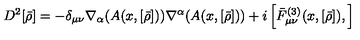
D ^ { 2 } [ \bar { \rho } ] = - \delta _ { \mu \nu } \nabla _ { \alpha } ( A ( x , [ \bar { \rho } ] ) ) \nabla ^ { \alpha } ( A ( x , [ \bar { \rho } ] ) ) + i \left[ { \bar { F } } _ { \mu \nu } ^ { ( 3 ) } ( x , [ \bar { \rho } ] ) , \right]